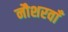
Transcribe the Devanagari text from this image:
नौशरवाँ